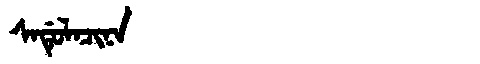
Manchu: ᠰᠠᡩᡠᠯᠠᠴᡳᠨᠠ
Romanization: SADULACINA